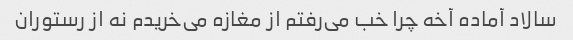
سالاد آماده آخه چرا خب می‌رفتم از مغازه می‌خریدم نه از رستوران